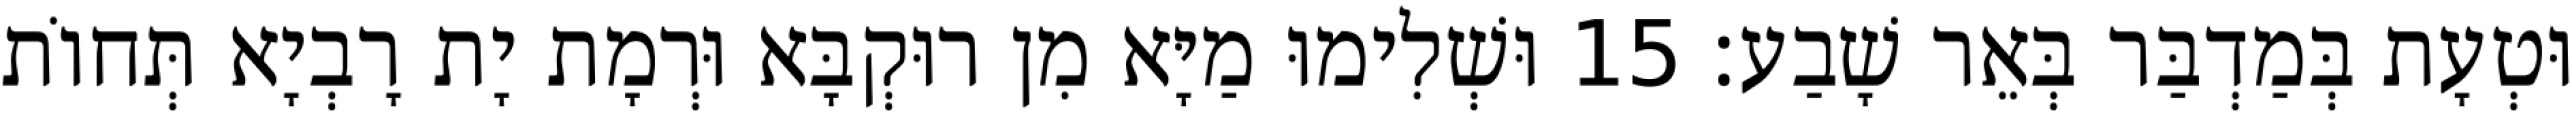
וּטְעָת בְּמַדְבַּר בְּאֵר שָׁבַע׃ 15 וּשְׁלִימוּ מַיָּא מִן רוּקְבָּא וּרְמָת יָת רָבְיָא תְּחוֹת